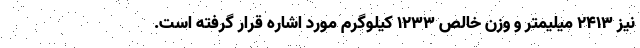
نیز 2413 میلیمتر و وزن خالص 1233 کیلوگرم مورد اشاره قرار گرفته است.